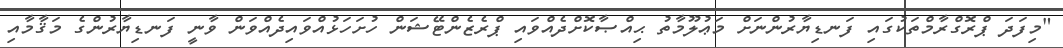
"މިފަދަ ޕްރޮގްރާމްތަކުގައި ފަނޑިޔާރުންނަށް މަޢުލޫމާތު ޙިއްޞާކޮށްދެއްވައި ޕްރެޒެންޓޭޝަން ހުށަހަޅުއްވައިދެއްވަން ވާނީ ފަނޑިޔާރުންގެ މަޤާމާއި